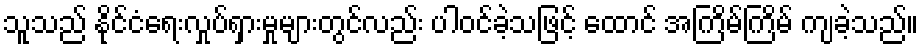
သူသည် နိုင်ငံရေးလှုပ်ရှားမှုများတွင်လည်း ပါဝင်ခဲ့သဖြင့် ထောင် အကြိမ်ကြိမ် ကျခဲ့သည်။